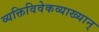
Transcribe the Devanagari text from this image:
व्यक्तिविवेकव्याख्यान्‌